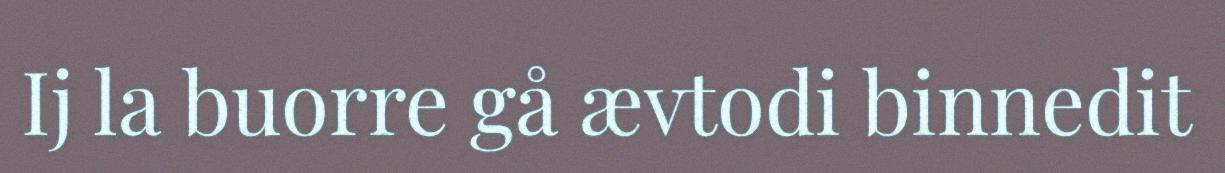
Ij la buorre gå ævtodi binnedit